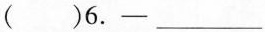
( )6.- ___